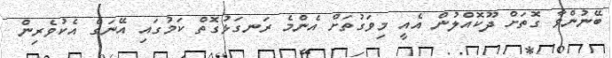
ބޭނުންވާ ގޮތަށް ދޫކޮއްލުން އެއީ މިވަގުތަށް އެންމެ ރަނގަޅުގޮތް ކަމުގައި އޭނަގެ އެކުވެރިން